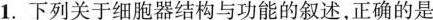
1.下列关于细胞器结构与功能的叙述，正确的是